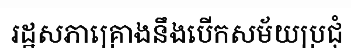
រដ្ឋសភាគ្រោងនឹងបើកសម័យប្រជុំ